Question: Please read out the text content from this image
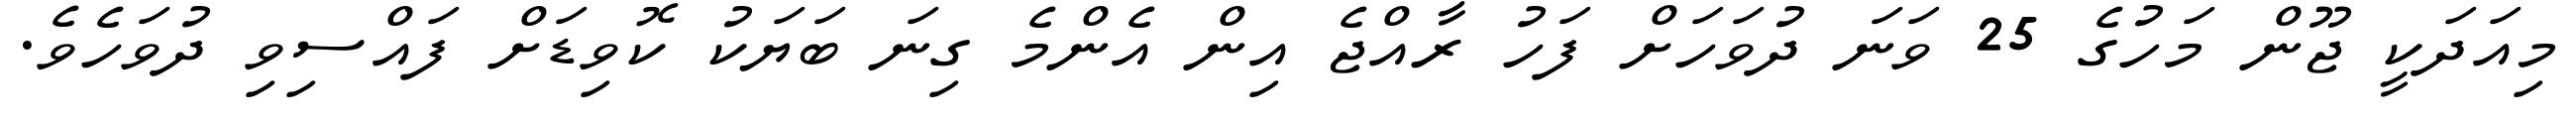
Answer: މިއަދަކީ ޖޫން މަހުގެ 25 ވަނަ ދުވަހަށް ފަހު ރާއްޖެ އިން އެންމެ ގިނަ ބަޔަކު ކޮވިޑަށް ފައްސިވި ދުވަހެވެ.